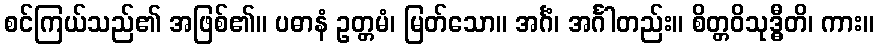
စင်ကြယ်သည်၏ အဖြစ်၏။ ပဓာနံ ဥတ္တမံ၊ မြတ်သော။ အင်္ဂံ၊ အင်္ဂါတည်း။ စိတ္တဝိသုဒ္ဓီတိ၊ ကား။